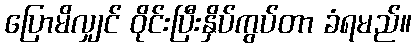
ပြောမိလျှင် ဝိုင်းပြီးနှိပ်ကွပ်တာ ခံရမည်။